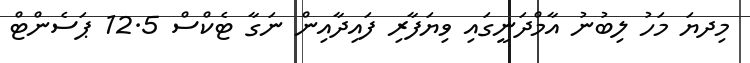
މިދޔަ މަހު ލިބުނު އާމްދަނީގައި ވިޔަފާރި ފައިދާއިން ނަގާ ޓެކްސް 12.5 ޕަސެންޓް